Medical and sanitary report of the native army of Bengal for the year
Year: 1875
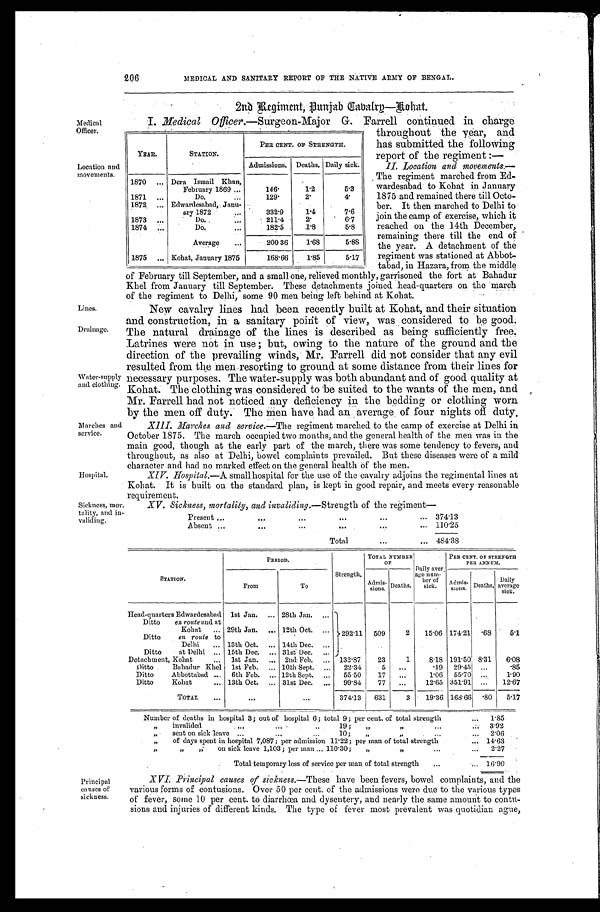
Medical
Officer.
Location
and movements.
Lines.
Drainage.
Water-supply
and clothing.
Marches and
service.
Hospital.
Sickness,
tality, and in
validing.
206
MEDICAL AND SANITARY REPORT OF THE NATIVE ARMY OF BENGAL.
2 n d R e g i m e n t , P u n j a b C a v a r l y — R o h a t .
I. Medical Officer .—Surgeon-Major G. Farrell continued in charge
throughout the year, and
has submitted the following
report of the regiment:—
II. Location and movements.—
The regiment marched from Ed-
-wardesabad to Kohat in January
1875 and remained there till Octo
- b e r . I t t h e n m a r c h e d t o D e l h i t o
join the camp of exercise, which it
reached on the 14th December,
remaining there till the end of
the year. A detachment of the
regiment was stationed at Abbot
- t a b a d , i n H a z a r a , f r o m t h e m i d d l e
of February till September, and a small one, relieved monthly, garrisoned the fort at Bahadur
Khel from January till September. These detachments joined head-quarters on the march
of the regiment to Delhi, some 90 men being left behind at Kohat.
New cavalry lines had been recently built at Kohat, and their situation
and construction, in a sanitary point of view, was considered to be good.
The natural drainage of the lines is described as being sufficiently free.
Latrines were not in use; but, owing to the nature of the ground and the
direction of the prevailing winds, Mr. Farrell did not consider that any evil
resulted from the men resorting to ground at some distance from their lines for
necessary purposes. The water-supply was both abundant and of good quality at
Kohat. The clothing was considered to be suited to the wants of the men, and
Mr. Farrell had not noticed any deficiency in the bedding or clothing worn
by the men off duty. The men have had an average of four nights off duty.
XIII. Marches and service.—The regiment marched to the camp of exercise at Delhi in
October 1875. The march occupied two months, and the general health of the men was in the
main good, though at the early part of the march, there was some tendency to fevers, and
throughout, as also at Delhi, bowel complaints prevailed. But these diseases were of a mild
c h a r a c t e r a n d h a d n o m a r k e d e f f e c t o n t h e g e n e r a l h e a l t h o f t h e m e n .
XIV. Hospital.—A small hospital for the use of the cavalry adjoins the regimental lines at
Kohat. It is built on the standard plan, is kept in good repair, and meets every reasonable
requirement.
XV. Sickness, mortality, and invaliding.— Strength of the regiment—
Present
374·13
Absent
110·25
Total
484·38
YEAR.
STATION.
PER CENT. OF STRENGTH.
Admissions. Deaths. Daily sick.
1870
Dera Ismail Khan,
February 1869
146·
1 · 2
5·3
1871
Do.
129·
2·
4 ·
1872
Edwardesabad, Janu-
ary 1872
332·9
1·4
7·6
1873
Do.
211·4
2·
6·7
1874
Do.
182·5
1·8
5·8
Average
200 36
1·68
5·88
1875
Kohat, January 1875
168·66
1·85
5·17
STATION.
PERIOD.
Strength.
T O T A L N U M B E R O F
Daily aver-
age num-ber of si ck.
PER CENT. OF STRENGTH PER ANNUM.
From
To
Admis-sions.
Deaths.
A d m i s - s i o n s . Deaths.
Daily
average
sick.
Head-quarters Edwardesabad 1st Jan.
28th Jan.
292·11
j
Ditto
en route and at
Kohat
29th Jan.
12th Oct.
509
2
15·06 174·21
· 6 8 5·1
Ditto
en route to
Delhi
13th Oct.
14th Dec.
Ditto at Delhi
15th Dec
31st Dec
Detachment, Kohat
1st Jan.
2nd Feb.
132·87
23
1
8·18 191·50 8.31
6·08
Ditto Bahadur Khel 1st Feb.
10th Sept.
22·34
5 ...
·19 29·45 ...
·85
Ditto Abbottabad
6th Feb.
12th Sept.
55·50
17
. . .
1·06 55·70 ...
1·90
Ditto Kohat
13th Oct.
31st Dec.
99·84
77 ...
12·65 351·91 ...
12·67
TOTAL
. . .
. . .
374·13 631
3
19·36 168·66
· 8 0 5·17
Number of deaths in hospital 3; out of hospital 6 ; total 9 ; per cent. of total strength
1·85
” invalided ... ... 19 ; ” ” ...
3·92
„
sent on sick leave ... ... 10; " " ... ...
2·06
” of days spent in hospital 7,087; per admission 11 .22; per man of total strength
14·63
” ” ”on sick leave 1,103; per man ... 110·30;
”
” . . . . . .
2·27
Total temporary loss of service per man of total strength ...
16·90
Principal
causes of
sickness.
XVI. Principal causes of sickness.-These have been fevers, bowel complaints, and the
various forms of contusions. Over 50 per cent. of the admissions were due to the various types
of fever, some 10 per cent. to diarrhoea and dysentery, and nearly the same amount to contu-
sions and injuries of different kinds. The type of fever most prevalent was quotidian ague,